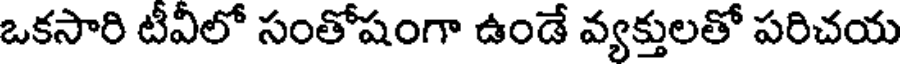
ఒకసారి టీవీలో సంతోషంగా ఉండే వ్యక్తులతో పరిచయ